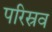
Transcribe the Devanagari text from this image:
परिस्रव